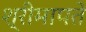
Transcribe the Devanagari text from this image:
श्रीमापते